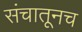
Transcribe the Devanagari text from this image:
संचातूनच